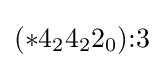
(*4_{2}4_{2}2_{0}){:}3